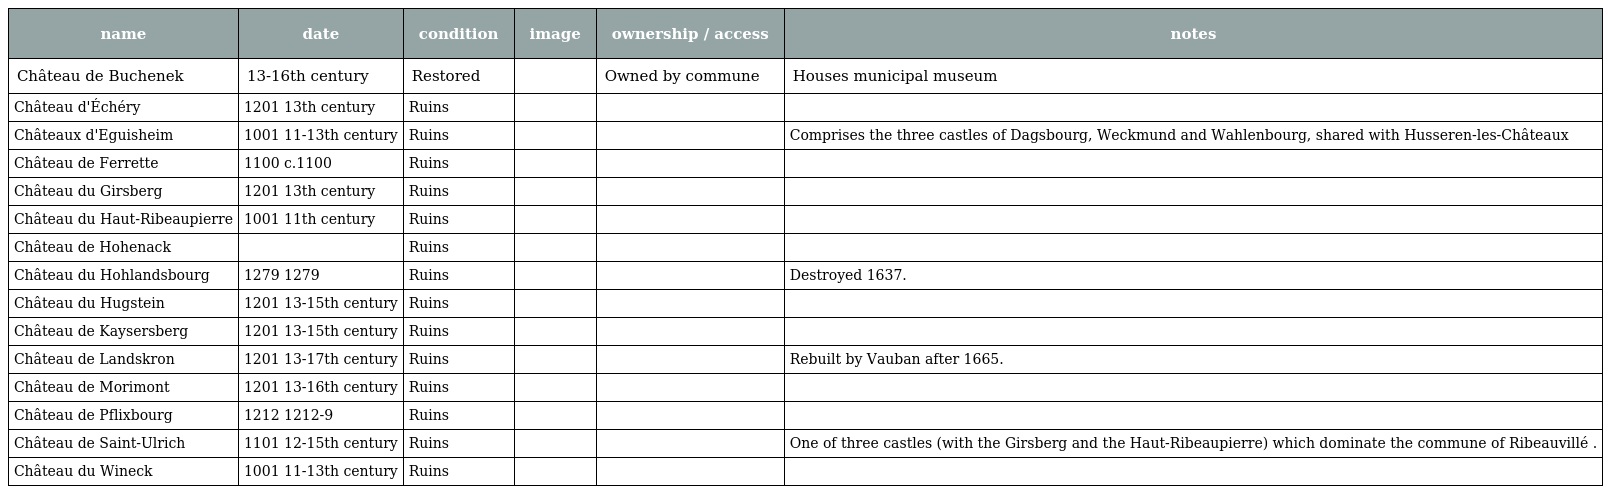
| name | date | condition | image | ownership / access | notes |
 | --- | --- | --- | --- | --- | --- |
 | Château de Buchenek | 13-16th century | Restored |  | Owned by commune | Houses municipal museum |
 | Château d'Échéry | 1201 13th century | Ruins |  |  |  |
 | Châteaux d'Eguisheim | 1001 11-13th century | Ruins |  |  | Comprises the three castles of Dagsbourg, Weckmund and Wahlenbourg, shared with Husseren-les-Châteaux |
 | Château de Ferrette | 1100 c.1100 | Ruins |  |  |  |
 | Château du Girsberg | 1201 13th century | Ruins |  |  |  |
 | Château du Haut-Ribeaupierre | 1001 11th century | Ruins |  |  |  |
 | Château de Hohenack |  | Ruins |  |  |  |
 | Château du Hohlandsbourg | 1279 1279 | Ruins |  |  | Destroyed 1637. |
 | Château du Hugstein | 1201 13-15th century | Ruins |  |  |  |
 | Château de Kaysersberg | 1201 13-15th century | Ruins |  |  |  |
 | Château de Landskron | 1201 13-17th century | Ruins |  |  | Rebuilt by Vauban after 1665. |
 | Château de Morimont | 1201 13-16th century | Ruins |  |  |  |
 | Château de Pflixbourg | 1212 1212-9 | Ruins |  |  |  |
 | Château de Saint-Ulrich | 1101 12-15th century | Ruins |  |  | One of three castles (with the Girsberg and the Haut-Ribeaupierre) which dominate the commune of Ribeauvillé . |
 | Château du Wineck | 1001 11-13th century | Ruins |  |  |  |